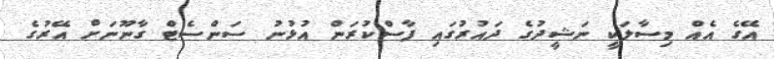
އޭގެ އެއް މިސާލަކީ ނަޝީދުގެ ދައުރުގައި ފާސްކުރަން އުޅުނު ސަންސެޓް ގާނޫނަށް އޭރުގެ